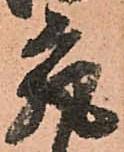
究